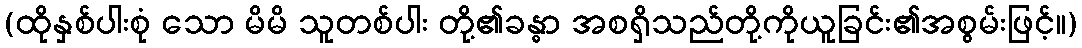
(ထိုနှစ်ပါးစုံ သော မိမိ သူတစ်ပါး တို့၏ခန္ဓာ အစရှိသည်တို့ကိုယူခြင်း၏အစွမ်းဖြင့်။)